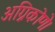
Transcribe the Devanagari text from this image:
अग्निकोणे।